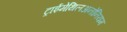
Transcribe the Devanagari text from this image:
ट्राईमेथिलअनोनियम